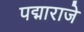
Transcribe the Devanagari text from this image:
पद्माराजे